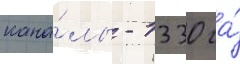
кана́лы - 1330 га́